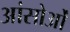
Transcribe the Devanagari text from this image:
आंसोओं